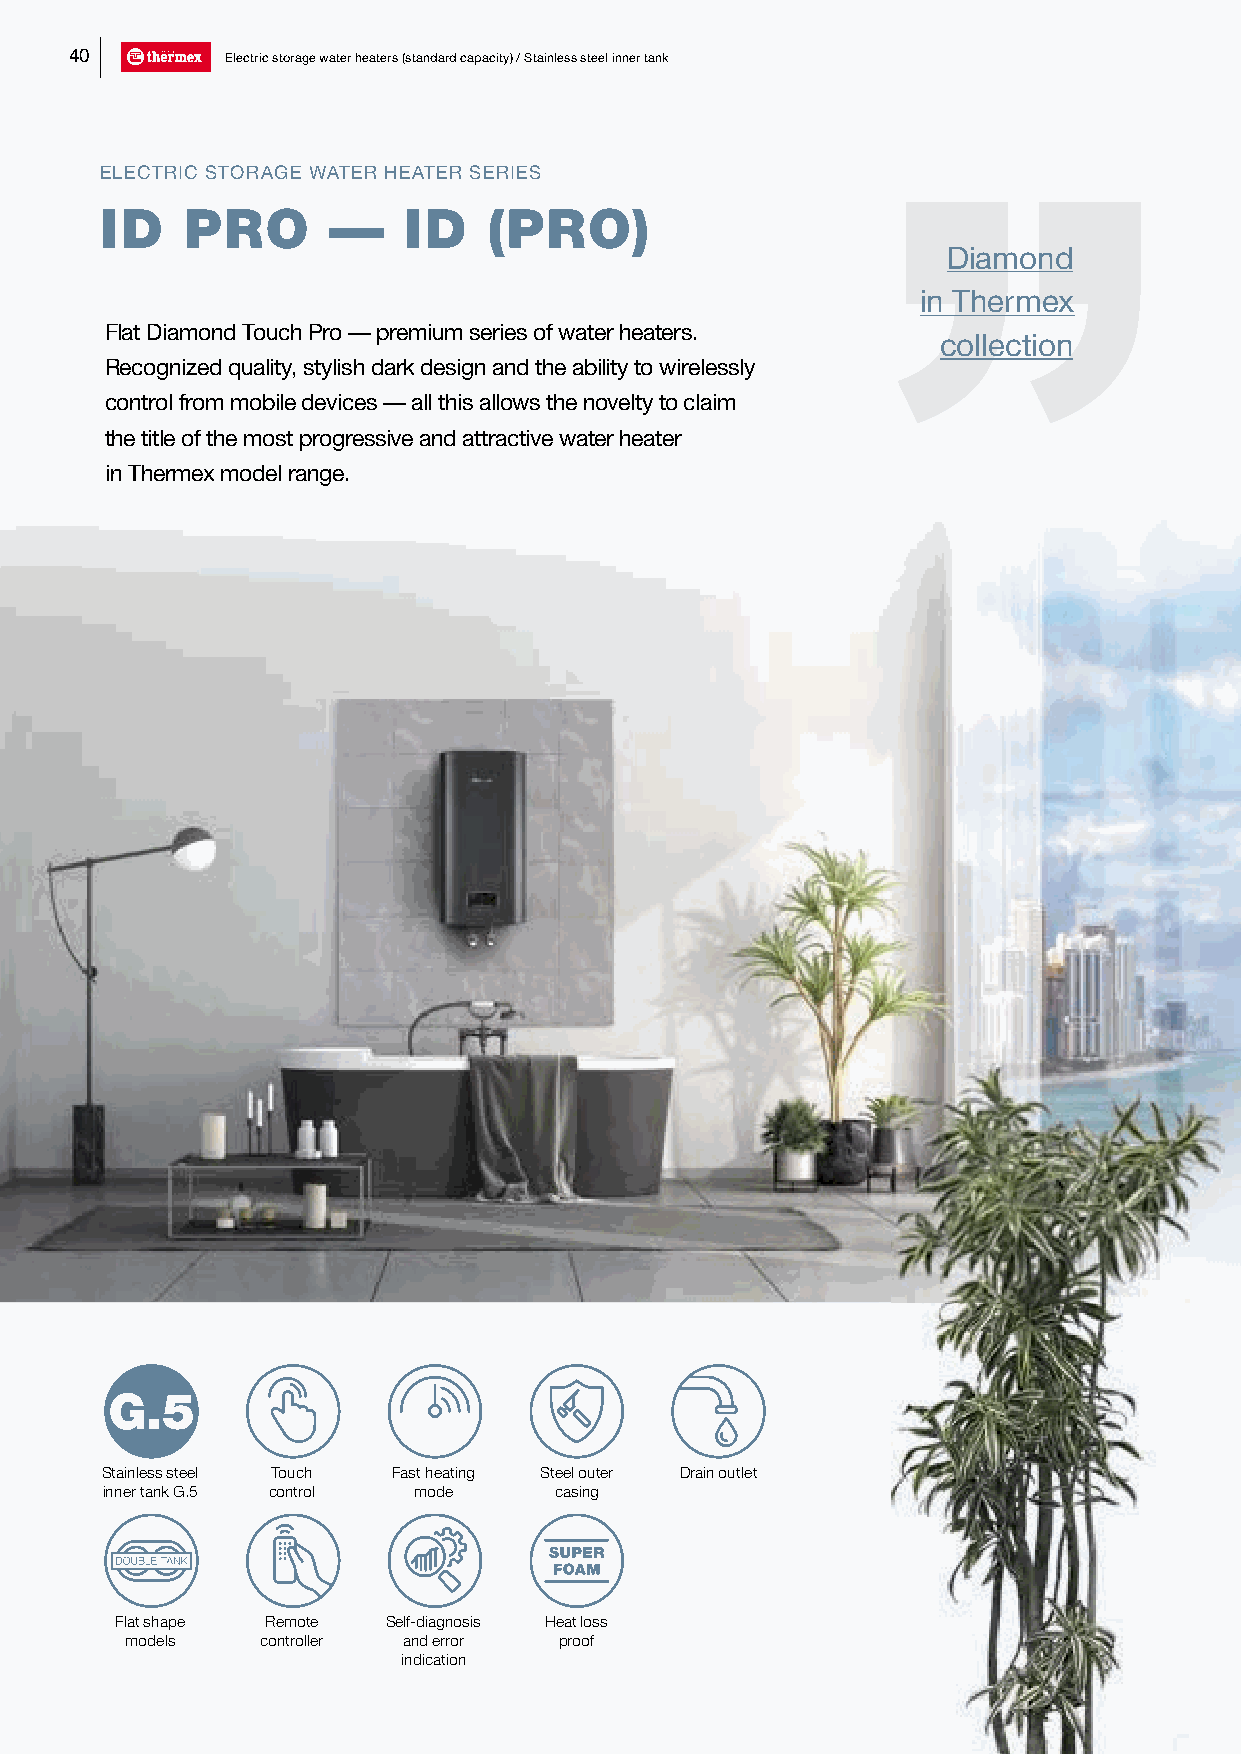
40        Electric storage water heaters (standard capacity) / Stainless steel inner tank
 ELECTRIC STORAGE WATER HEATER SERIES
 ID   PRO       —    ID   (PRO)
 Diamond
 in Thermex
 Flat Diamond Touch Pro — premium series of water heaters.
 collection
 Recognized quality, stylish dark design and the ability to wirelessly
 control from mobile devices — all this allows the novelty to claim
 the title of the most progressive and attractive water heater
 in Thermex model range.
 Stainless steel Touch Fast heating Steel outer Drain outlet
 inner tank G.5 control mode   casing
 Flat shape Remote Self-diagnosis Heat loss
 models   controller and error proof
 indication